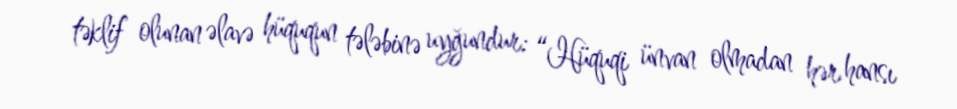
təklif olunan əlavə hüququn tələbinə uyğundur: “Hüquqi ünvan olmadan hər hansı